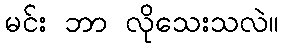
မင်း ဘာ လိုသေးသလဲ။